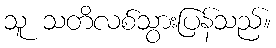
သူ သတိလစ်သွားပြန်သည်။